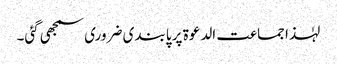
لہٰذا جماعت الدعوۃ پر پابندی ضروری سمجھی گئی۔